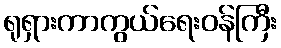
ရုရှားကာကွယ်ရေးဝန်ကြီး